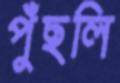
পুঁছলি